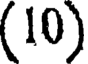
(10)